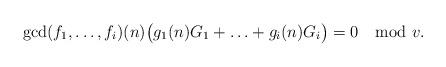
LaTeX: \begin{align*}\gcd(f_{1},\ldots, f_{i})(n)\big( g_{1}(n)G_{1}+\ldots +g_{i}(n)G_{i}\big) =0 \mod v.\end{align*}